Lunatic asylums in Bengal annual reports 1912-1924 - 1912-1924
Year: 1912
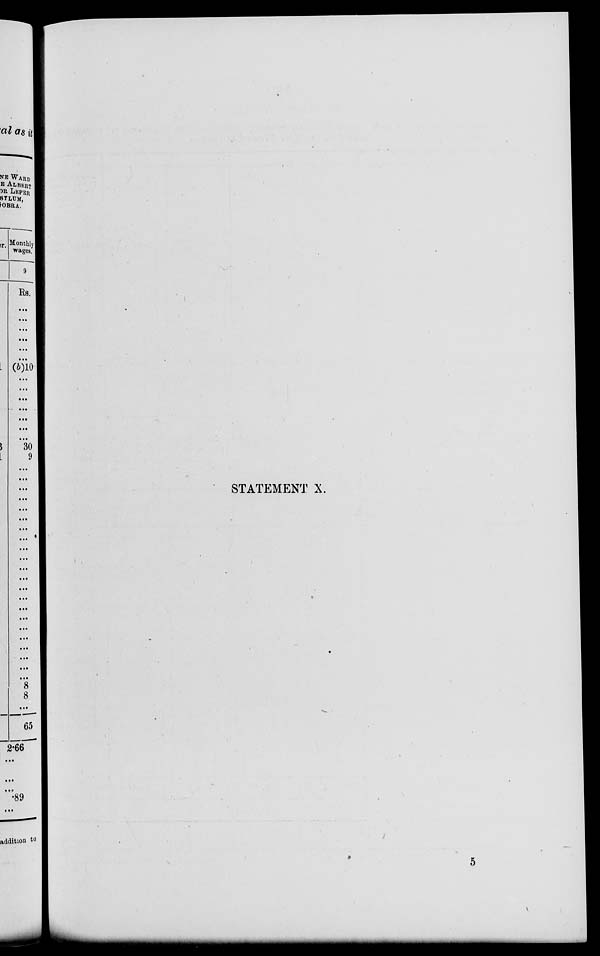
STATEMENT X.
5